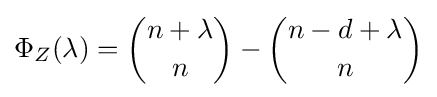
\Phi _{Z}(\lambda )={\binom {n+\lambda }{n}}-{\binom {n-d+\lambda }{n}}